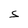
Character: S